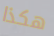
هكذا